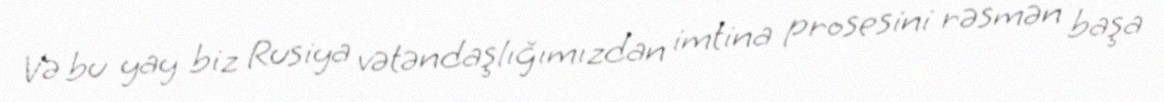
Və bu yay biz Rusiya vətəndaşlığımızdan imtina prosesini rəsmən başa